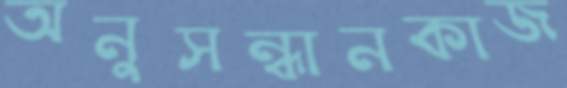
অনুসন্ধানকাজ